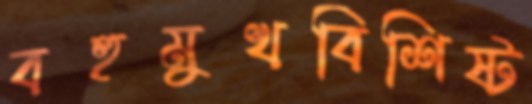
বহুমুখবিশিষ্ট